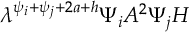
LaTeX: \lambda ^ { \psi _ { i } + \psi _ { j } + 2 a + h } \Psi _ { i } A ^ { 2 } \Psi _ { j } H